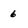
Character: 6